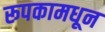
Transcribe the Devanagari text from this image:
रूपकामधून